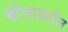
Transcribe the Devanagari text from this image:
बोलावतील